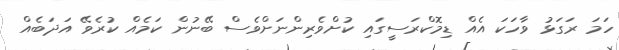
ހަމަ ރަގަޅު ވާހަކަ އެއް ޑިމޮކްރަސީގައި ކުށްވެރިންނަށްވެސް ބޭނުން ކަމެއް ކުރެވޭ އަދަބެއް